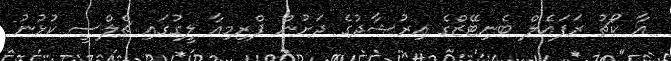
އާ ކޯޗު ރަފައެލް ބެނިޓޭޒްގެ އިރުޝާދުގެ ދަށުން ޕްރިމިއާ ލީގުގައި ޗެލްސީ ކުޅުނު